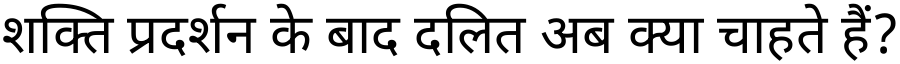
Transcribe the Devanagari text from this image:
शक्ति प्रदर्शन के बाद दलित अब क्या चाहते हैं?